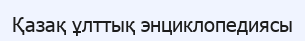
Қазақ ұлттық энциклопедиясы